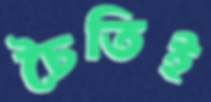
চৈতিই